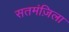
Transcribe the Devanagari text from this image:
सतमंज़िला